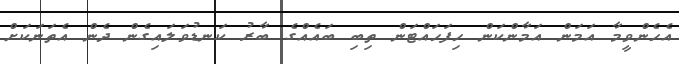
އެހެންވީމާ އަމަން އަމާންކަން ހިފަހައްޓަން ތިބި ބައެއްގެ ބާރު ކަނޑުވަލައިގެން ދެން އެތަނަކަށް